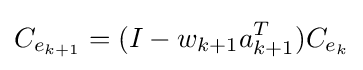
C_{e_{k+1}}=(I-w_{k+1}a_{k+1}^{T})C_{e_{k}}